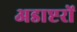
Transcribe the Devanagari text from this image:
अडाप्टरों